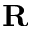
{ \bf R }